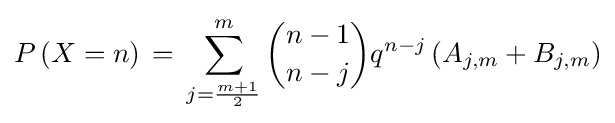
P\left(X=n\right)\,=\,\sum _{j={\frac {m+1}{2}}}^{m}{n-1 \choose n-j}{q}^{n-j}\left(A_{j,m}+B_{j,m}\right)